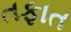
તફાત